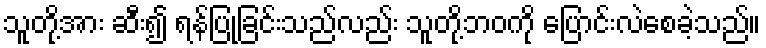
သူတို့အား ဆီး၍ ရန်ပြုခြင်းသည်လည်း သူတို့ဘဝကို ပြောင်းလဲစေခဲ့သည်။